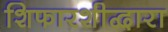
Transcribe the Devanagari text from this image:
शिफारशीद्वारा